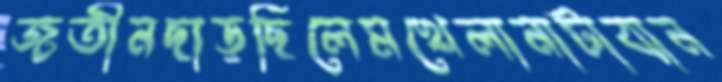
জতীনছাড়ছিলেমখেলানাটাবান